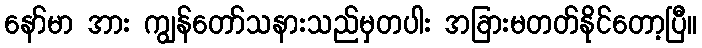
နော်မာ အား ကျွန်တော်သနားသည်မှတပါး အခြားမတတ်နိုင်တော့ပြီ။